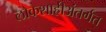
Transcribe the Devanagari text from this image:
लोकशाहीअंतर्गत